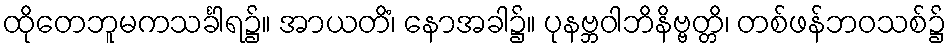
ထိုတေဘူမကသင်္ခါရ၌။ အာယတိံ၊ နောအခါ၌။ ပုနဗ္ဘဝါဘိနိဗ္ဗတ္တိ၊ တစ်ဖန်ဘဝသစ်၌